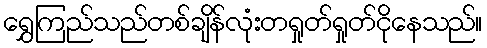
ရွှေကြည်သည်တစ်ချိန်လုံးတရှုတ်ရှုတ်ငိုနေသည်။